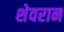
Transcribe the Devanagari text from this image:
शेवरान